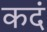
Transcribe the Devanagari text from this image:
कदं